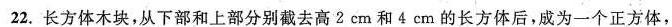
22.长方体木块，从下部和上部分别截去高2em和4cm的长方体后，成为一个正方体，